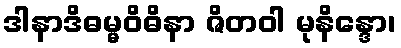
ဒါနာဒိဓမ္မဝိဓိနာ ဇိတဝါ မုနိန္ဒော၊